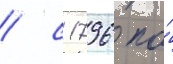
/ с 1796 по́